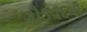
ગૌડપદથી